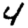
Digit: 4